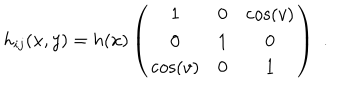
h _ { i j } ( x , y ) = h ( x ) \left( \begin{array} { c c c } { { 1 } } & { { 0 } } & { { \cos ( v ) } } \\ { { 0 } } & { { 1 } } & { { 0 } } \\ { { \cos ( v ) } } & { { 0 } } & { { 1 } } \\ \end{array} \right) \, \, .